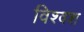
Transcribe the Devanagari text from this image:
विश्वश